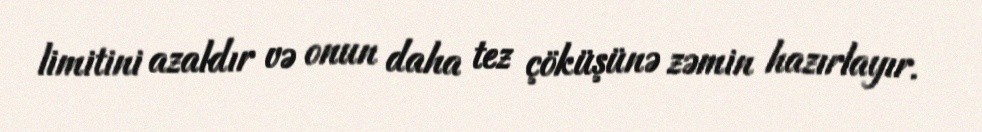
limitini azaldır və onun daha tez çöküşünə zəmin hazırlayır.